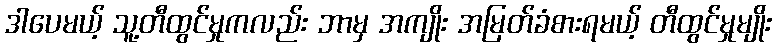
ဒါပေမယ့် သူ့တီထွင်မှုကလည်း ဘာမှ အကျိုး အမြတ်ခံစားရမယ့် တီထွင်မှုမျိုး